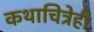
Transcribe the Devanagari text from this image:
कथाचित्रेही